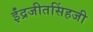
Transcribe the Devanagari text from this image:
ईंद्रजीतसिंहजी